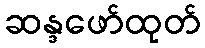
ဆန္ဒဖော်ထုတ်